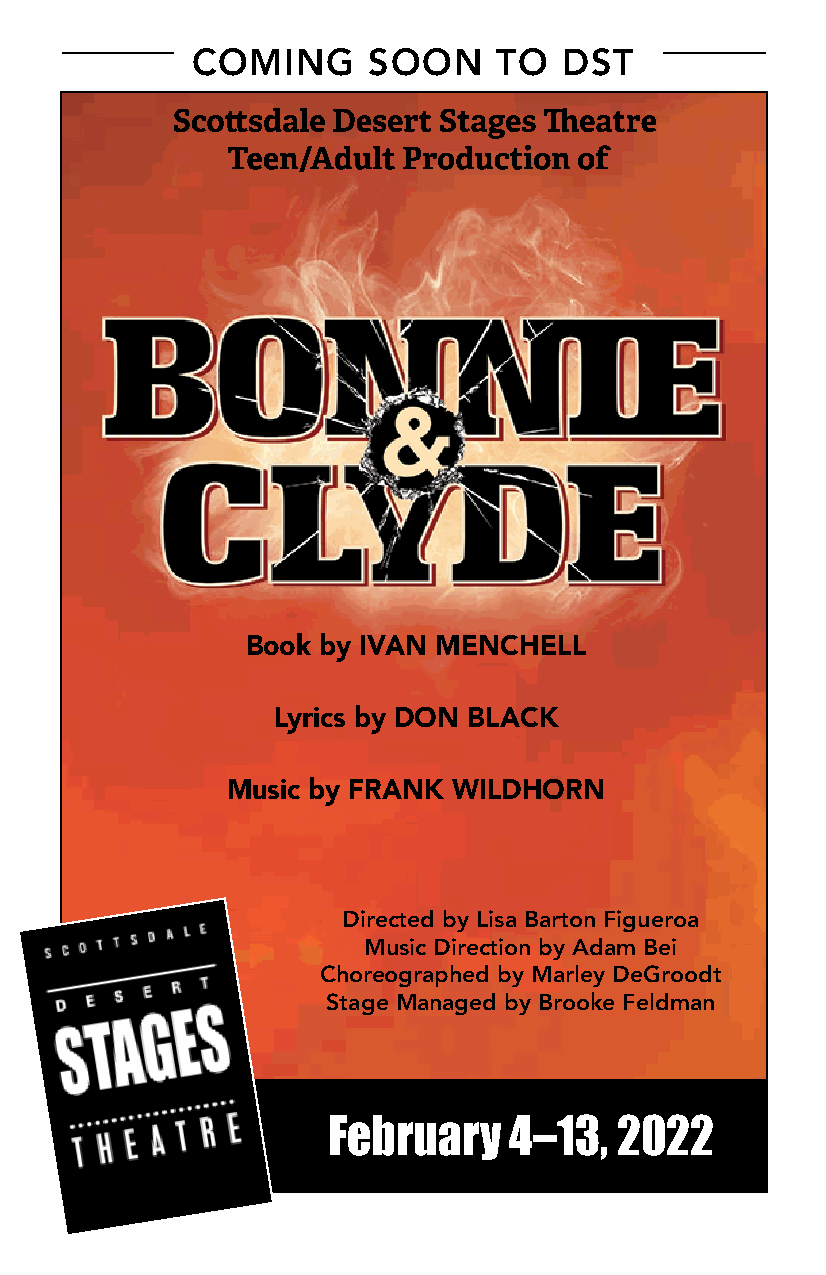
COMING     SOON     TO  DST
 Book by IVAN MENCHELL
 Lyrics by DON BLACK
 Music by FRANK WILDHORN
 Directed by Lisa Barton Figueroa
 Music Direction by Adam Bei
 Choreographed by Marley DeGroodt
 Stage Managed by Brooke Feldman
 February    4–13,  2022